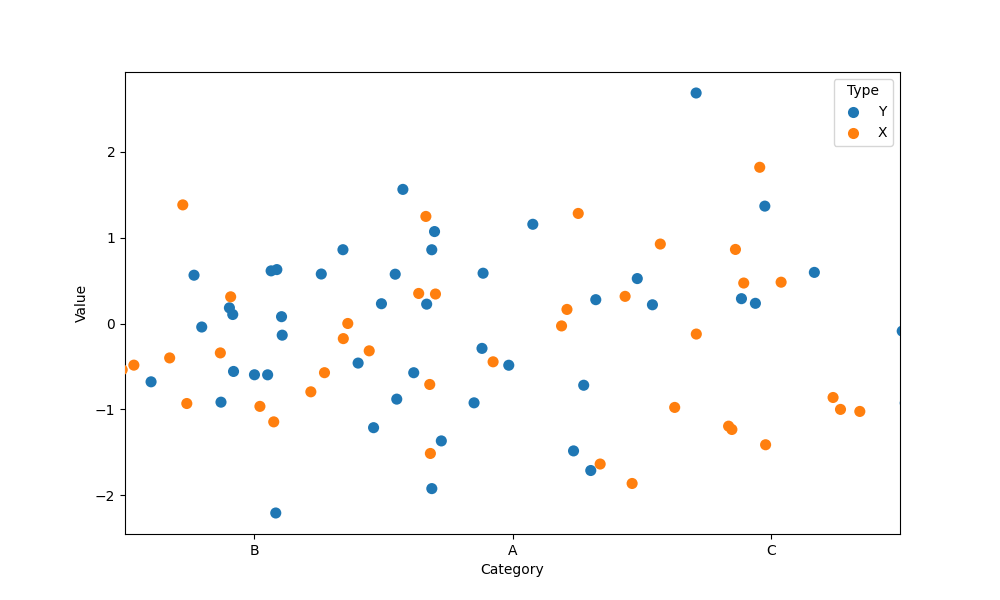
python, seaborn, stripplot, jitter=True, dodge=False, alpha=1.0, size=8